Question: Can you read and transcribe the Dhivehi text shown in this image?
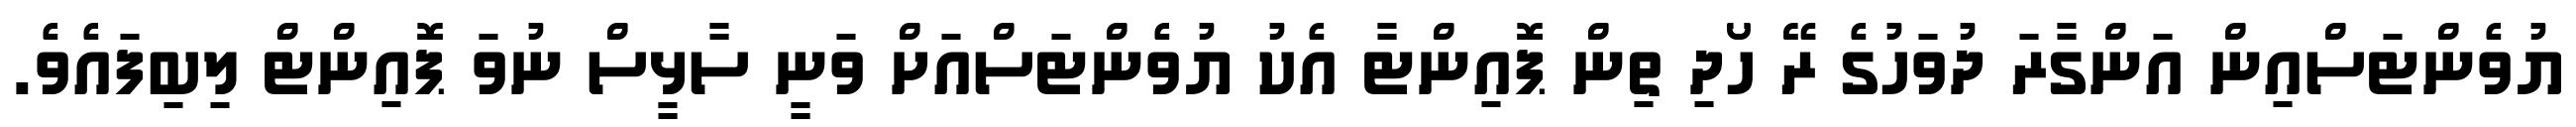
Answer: ޔުވެންޓަސްއިން އަންގާރަ ދުވަހުގެ ރޭ ހޯދި ތިން ޕޮއިންޓާ އެކު ޔުވެންޓަސްއަށް ވަނީ ސާޅީސް ނުވަ ޕޮއިންޓް ލިބިފައެވެ.